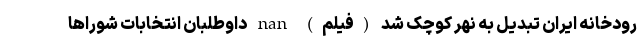
رودخانه ایران تبدیل به نهر کوچک شد (فیلم) nan داوطلبان انتخابات شوراها